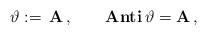
\begin{align*}\vartheta:= \,\mathbf{A} \, ,\qquad\textbf{Anti} \, \vartheta = \mathbf{A} \, ,\end{align*}